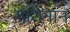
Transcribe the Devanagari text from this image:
पाथेंनान